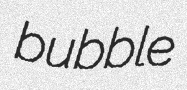
bubble